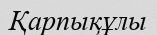
Қарпықұлы